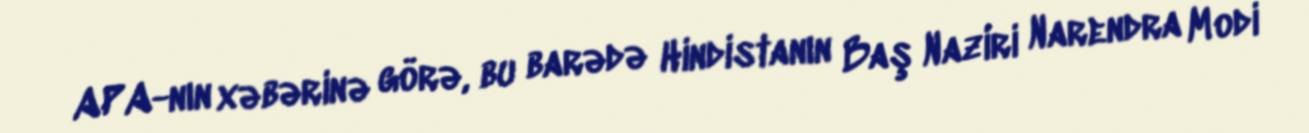
APA-nın xəbərinə görə, bu barədə Hindistanın Baş Naziri Narendra Modi